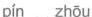
pír zhōu